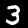
Label: 3